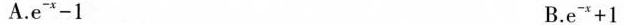
A.$$e ^ { - x } - 1$$ B.$$e ^ { - x } + 1$$